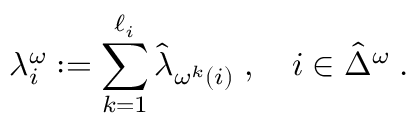
\lambda _ { i } ^ { \omega } : = \sum _ { k = 1 } ^ { \ell _ { i } } \hat { \lambda } _ { \omega ^ { k } ( i ) } \; , \quad i \in \hat { \Delta } ^ { \omega } \; .